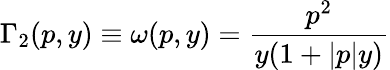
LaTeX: \Gamma_{2}(p,y)\equiv\omega(p,y)=\frac{p^{2}}{y(1+|p|y)}